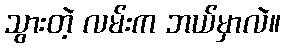
သွားတဲ့ လမ်းက ဘယ်မှာလဲ။